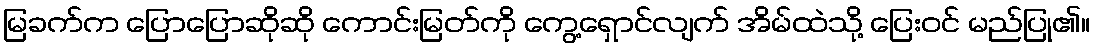
မြခက်က ပြောပြောဆိုဆို ကောင်းမြတ်ကို ကွေ့ရှောင်လျက် အိမ်ထဲသို့ ပြေးဝင် မည်ပြု၏။